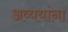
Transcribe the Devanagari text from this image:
अव्ययांना